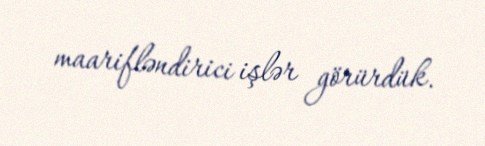
maarifləndirici işlər görürdük.